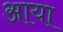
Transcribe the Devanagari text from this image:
अाया